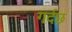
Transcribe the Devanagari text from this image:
गर्दछ